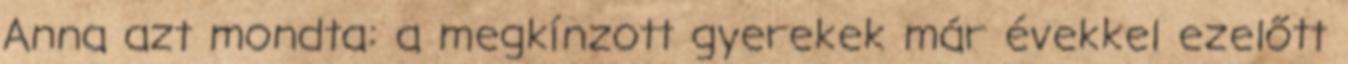
Anna azt mondta: a megkínzott gyerekek már évekkel ezelőtt